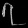
Digit: ၇